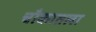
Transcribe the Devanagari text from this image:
चौकातला